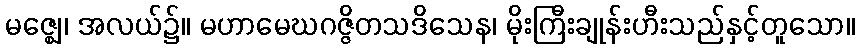
မဇ္ဈေ၊ အလယ်၌။ မဟာမေဃဂဇ္ဇိတသဒိသေန၊ မိုးကြီးချုန်းဟီးသည်နှင့်တူသော။